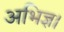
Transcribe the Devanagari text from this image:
अभिज्ञ।